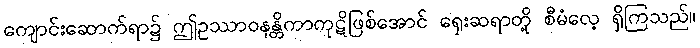
ကျောင်းဆောက်ရာ၌ ဤဥဿာဝနန္တိကာကုဋိဖြစ်အောင် ရှေးဆရာတို့ စီမံလေ့ ရှိကြသည်။